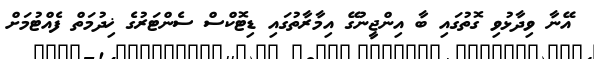
އޭނާ ވިދާޅުވި ގޮތުގައި ބާ އިންޖީނުގޭ އިމާރާތުގައި ޑިޓޮކްސް ސެންޓަރުގެ ޚިދުމަތް ފެއްޓުމަށް